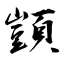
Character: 顗